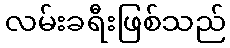
လမ်းခရီးဖြစ်သည်